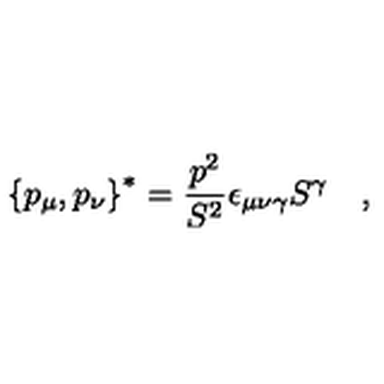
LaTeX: \left\{ p _ { \mu } , p _ { \nu } \right\} ^ { * } = \frac { p ^ { 2 } } { S ^ { 2 } } \epsilon _ { \mu \nu \gamma } S ^ { \gamma } \quad ,